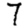
Digit: 7